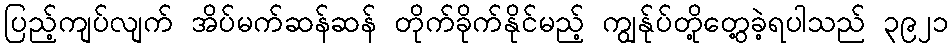
ပြည့်ကျပ်လျက် အိပ်မက်ဆန်ဆန် တိုက်ခိုက်နိုင်မည့် ကျွန်ုပ်တို့တွေ့ခဲ့ရပါသည် ၃၉၂၁